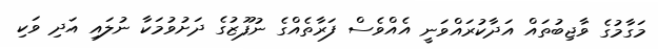
މަގާމުގެ ވާޖިބުތައް އަދާކުރައްވަނީ އެއްވެސް ފަރާތެއްގެ ނުފޫޒުގެ ދަށުވުމަކާ ނުލައި އަދި ވަކި